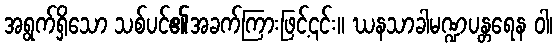
အရွက်ရှိသော သစ်ပင်၏အခက်ကြားဖြင့်၎င်း။ ဃနသာခါမဏ္ဍပန္တရေန ဝါ၊